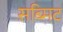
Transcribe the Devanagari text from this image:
सब्मिट